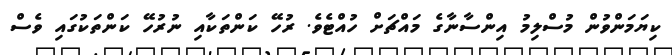
ކިޔަމަންވުން މުސްލިމު އިންސާނާގެ މައްޗަށް ހުއްޓެވެ. ރުހޭ ކަންތަކާއި ނުރުހޭ ކަންތަކުގައި ވެސް